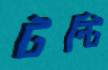
টন্টি